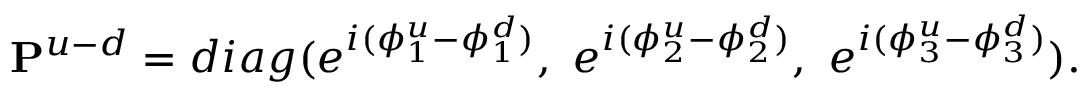
{ \bf P } ^ { u - d } = d i a g ( e ^ { i ( \phi _ { 1 } ^ { u } - \phi _ { 1 } ^ { d } ) } , ~ e ^ { i ( \phi _ { 2 } ^ { u } - \phi _ { 2 } ^ { d } ) } , ~ e ^ { i ( \phi _ { 3 } ^ { u } - \phi _ { 3 } ^ { d } ) } ) .